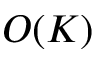
O ( K )